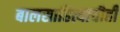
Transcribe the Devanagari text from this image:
बालसाहित्याचीही